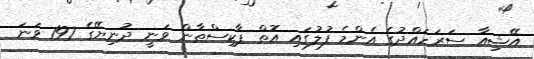
އޭޝިއާ ސަރަހައްދުގެ އެންމެ ފުލުގައި އޮތް ޕާކިސްތާން ވަނީ ދުނިޔޭގެ 197 ވަނަ